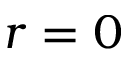
r = 0